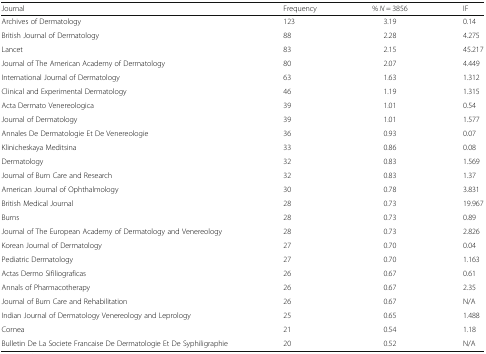
<table><thead><tr><td><b>Journal</b></td><td><b>Frequency</b></td><td><b>% <i>N</i> = 3856</b></td><td><b>IF</b></td></tr></thead><tbody><tr><td>Archives of Dermatology</td><td>123</td><td>3.19</td><td>0.14</td></tr><tr><td>British Journal of Dermatology</td><td>88</td><td>2.28</td><td>4.275</td></tr><tr><td>Lancet</td><td>83</td><td>2.15</td><td>45.217</td></tr><tr><td>Journal of The American Academy of Dermatology</td><td>80</td><td>2.07</td><td>4.449</td></tr><tr><td>International Journal of Dermatology</td><td>63</td><td>1.63</td><td>1.312</td></tr><tr><td>Clinical and Experimental Dermatology</td><td>46</td><td>1.19</td><td>1.315</td></tr><tr><td>Acta Dermato Venereologica</td><td>39</td><td>1.01</td><td>0.54</td></tr><tr><td>Journal of Dermatology</td><td>39</td><td>1.01</td><td>1.577</td></tr><tr><td>Annales De Dermatologie Et De Venereologie</td><td>36</td><td>0.93</td><td>0.07</td></tr><tr><td>Klinicheskaya Meditsina</td><td>33</td><td>0.86</td><td>0.08</td></tr><tr><td>Dermatology</td><td>32</td><td>0.83</td><td>1.569</td></tr><tr><td>Journal of Burn Care and Research</td><td>32</td><td>0.83</td><td>1.37</td></tr><tr><td>American Journal of Ophthalmology</td><td>30</td><td>0.78</td><td>3.831</td></tr><tr><td>British Medical Journal</td><td>28</td><td>0.73</td><td>19.967</td></tr><tr><td>Burns</td><td>28</td><td>0.73</td><td>0.89</td></tr><tr><td>Journal of The European Academy of Dermatology and Venereology</td><td>28</td><td>0.73</td><td>2.826</td></tr><tr><td>Korean Journal of Dermatology</td><td>27</td><td>0.70</td><td>0.04</td></tr><tr><td>Pediatric Dermatology</td><td>27</td><td>0.70</td><td>1.163</td></tr><tr><td>Actas Dermo Sifiliograficas</td><td>26</td><td>0.67</td><td>0.61</td></tr><tr><td>Annals of Pharmacotherapy</td><td>26</td><td>0.67</td><td>2.35</td></tr><tr><td>Journal of Burn Care and Rehabilitation</td><td>26</td><td>0.67</td><td>N/A</td></tr><tr><td>Indian Journal of Dermatology Venereology and Leprology</td><td>25</td><td>0.65</td><td>1.488</td></tr><tr><td>Cornea</td><td>21</td><td>0.54</td><td>1.18</td></tr><tr><td>Bulletin De La Societe Francaise De Dermatologie Et De Syphiligraphie</td><td>20</td><td>0.52</td><td>N/A</td></tr></tbody></table>